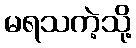
မရသကဲ့သို့